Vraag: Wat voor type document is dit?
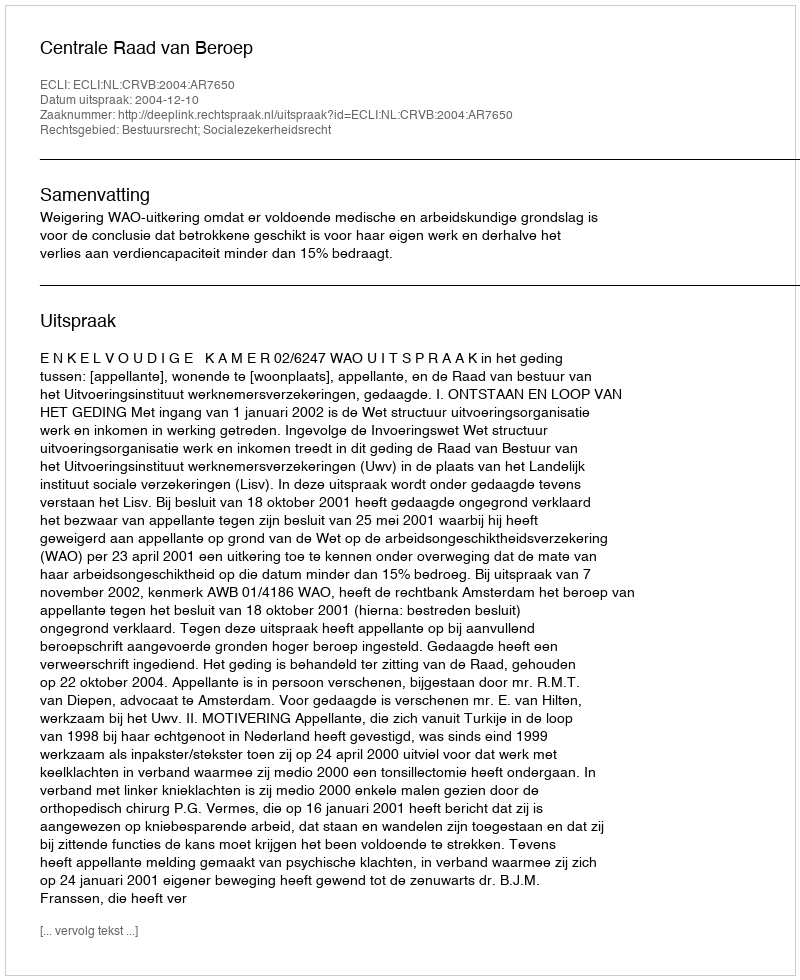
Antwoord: Uitspraak